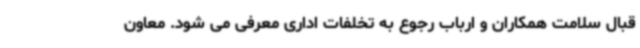
قبال سلامت همکاران و ارباب رجوع به تخلفات اداری معرفی می شود. معاون